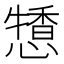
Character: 𢢹